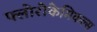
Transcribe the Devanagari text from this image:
फ्लोरोकेमिकल्स